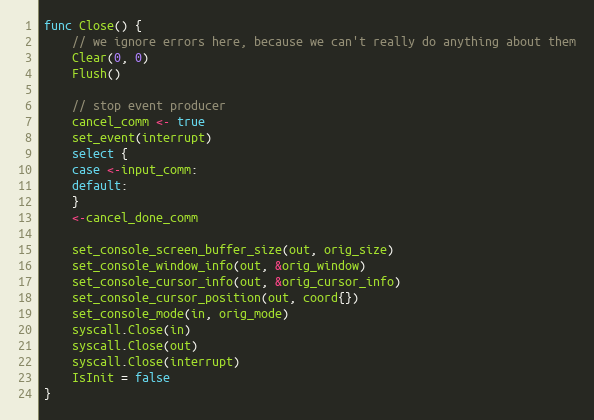
Language: Go
func Close() {
	// we ignore errors here, because we can't really do anything about them
	Clear(0, 0)
	Flush()

	// stop event producer
	cancel_comm <- true
	set_event(interrupt)
	select {
	case <-input_comm:
	default:
	}
	<-cancel_done_comm

	set_console_screen_buffer_size(out, orig_size)
	set_console_window_info(out, &orig_window)
	set_console_cursor_info(out, &orig_cursor_info)
	set_console_cursor_position(out, coord{})
	set_console_mode(in, orig_mode)
	syscall.Close(in)
	syscall.Close(out)
	syscall.Close(interrupt)
	IsInit = false
}